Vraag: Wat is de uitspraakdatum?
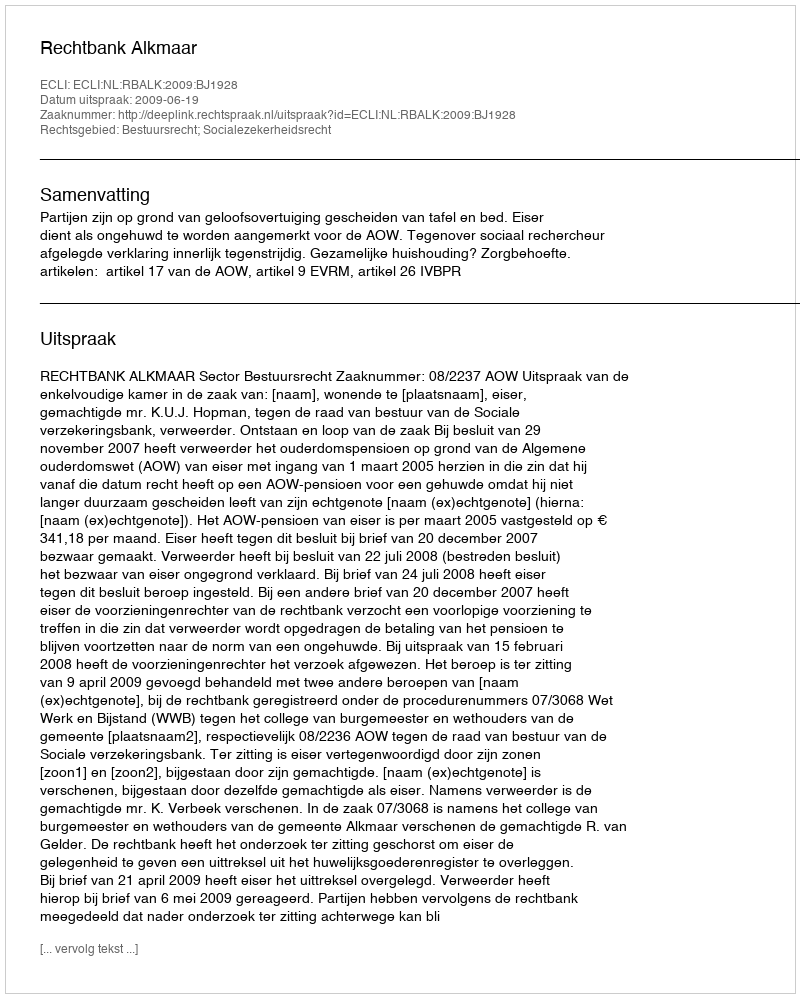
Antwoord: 2009-06-19